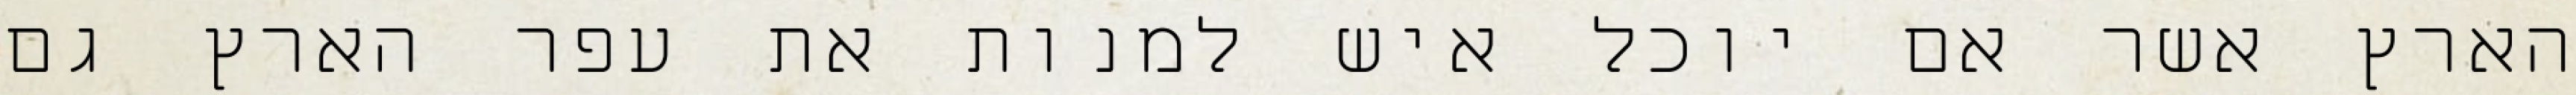
הארץ אשר אם יוכל איש למנות את עפר הארץ גם